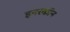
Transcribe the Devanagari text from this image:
इनरकॉन